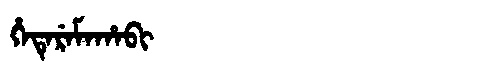
Manchu: ᡥᡝᡨᡝᡵᡝᠮᠠᡥᠠᠪᡳ
Romanization: HETEREMAHABI